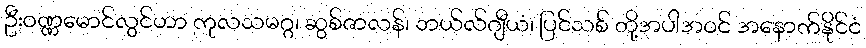
ဦးဝဏ္ဏမောင်လွင်ဟာ ကုလသမဂ္ဂ၊ ဆွစ်ဇာလန်၊ ဘယ်လ်ဂျီယံ၊ ပြင်သစ် တို့အပါအဝင် အနောက်နိုင်ငံ